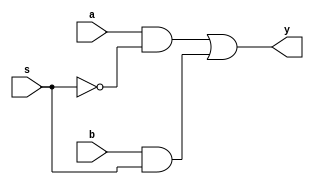
module mux(a,b,s,y);
input a,b,s;
output y;
wire t1,t2;
not g1(ss,s);
and g2(t1,a,ss);
and g3(t2,b,s);
or g4(y,t1,t2);
endmodule